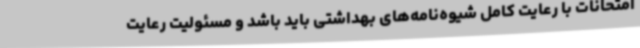
امتحانات با رعایت کامل شیوه‌نامه‌های بهداشتی باید باشد و مسئولیت رعایت